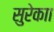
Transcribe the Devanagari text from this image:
सुरेकाा